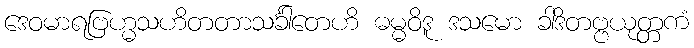
ဒေဝမာရဗြဟ္မသဟိတတာသင်္ခါတေဟိ ဓမ္မဝိဒူ ဒသမော ခါဒိတဗ္ဗယုတ္တကံ